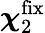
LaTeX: \boldsymbol\chi_{2}^{\mathrm{{fix}}}